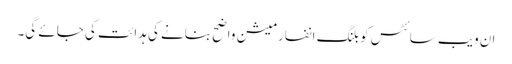
ان ویب سائٹس کو بلنگ انفارمیشن واضح بنانے کی ہدائت کی جائے گی۔